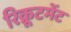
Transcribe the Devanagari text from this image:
रिक्रूटमेंट